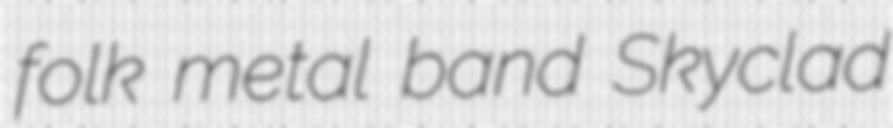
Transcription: folk metal band Skyclad